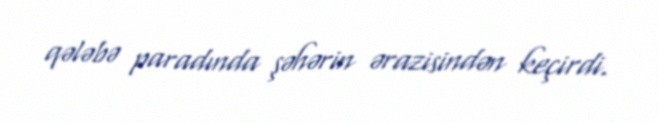
qələbə paradında şəhərin ərazisindən keçirdi.